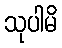
သုပါမိ